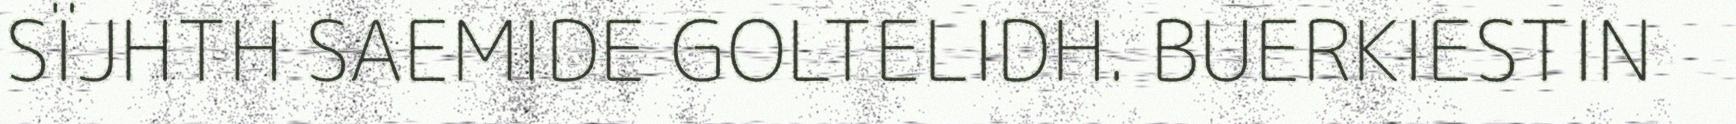
SÏJHTH SAEMIDE GOLTELIDH. BUERKIESTIN